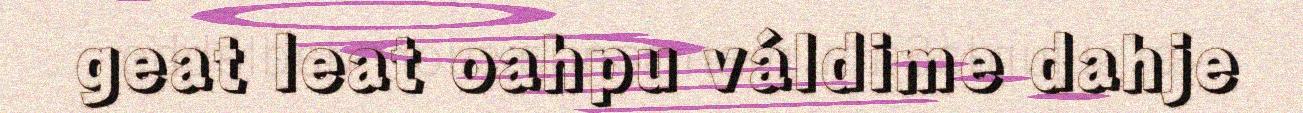
geat leat oahpu váldime dahje